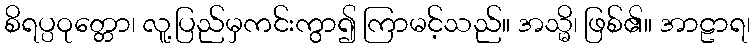
စိရပ္ပဝုတ္တော၊ လူ့ပြည်မှကင်းကွာ၍ ကြာမင့်သည်။ အသ္မိ၊ ဖြစ်၏။ အာဠာရ၊